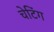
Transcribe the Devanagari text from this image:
चेटिंग